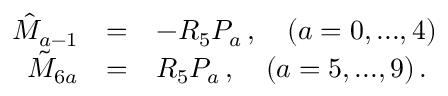
\begin{array} { r c l } { { \hat { M } _ { a - 1 } } } & { { = } } & { { - R _ { 5 } P _ { a } \, , \ \ \ ( a = 0 , . . . , 4 ) } } \\ { { \tilde { M } _ { 6 a } } } & { { = } } & { { R _ { 5 } P _ { a } \, , \ \ \ ( a = 5 , . . . , 9 ) \, . } } \end{array}